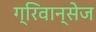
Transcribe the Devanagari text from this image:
ग्रिवान्सेज